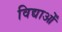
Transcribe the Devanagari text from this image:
विद्याओँ